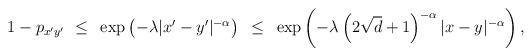
LaTeX: \begin{align*}1-p_{x'y'}~\le~ \exp \left( -\lambda|x'-y'|^{-\alpha} \right)~\le~ \exp \left( {-\lambda}\left(2\sqrt{d}+1\right)^{-\alpha} {|x-y|^{-\alpha}} \right),\end{align*}